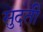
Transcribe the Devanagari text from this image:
सुदती